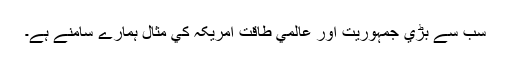
سب سے بڑي جمہوريت اور عالمي طاقت امريکہ کي مثال ہمارے سامنے ہے۔